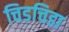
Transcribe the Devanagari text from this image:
चिडचिडा